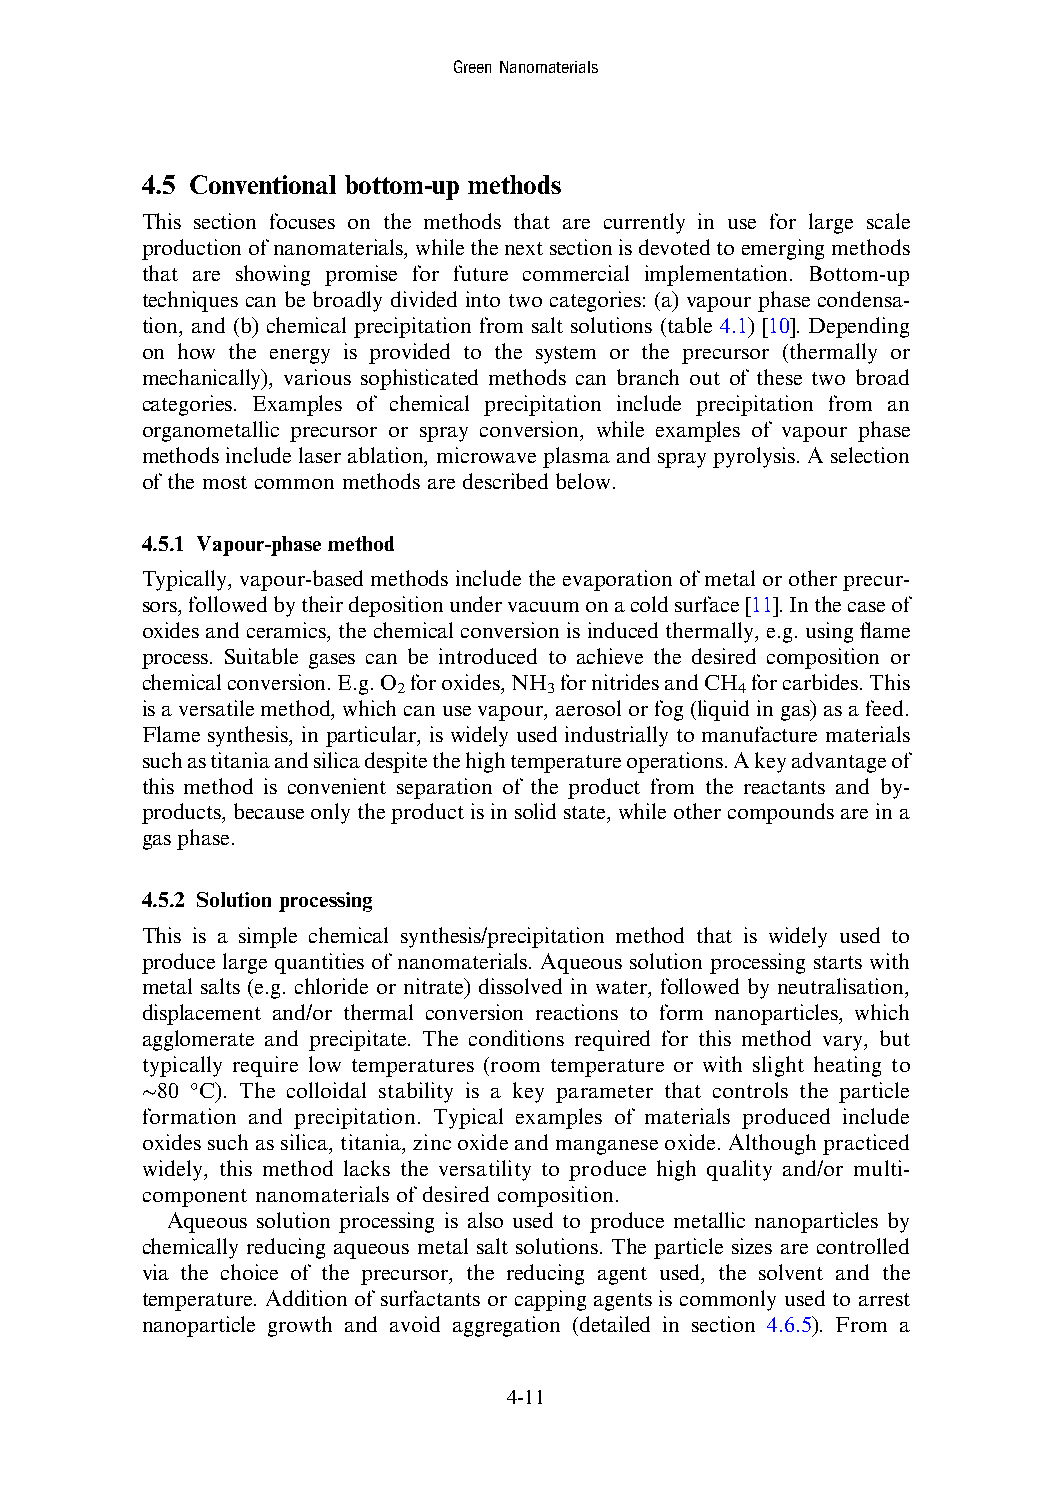
GreenNanomaterials
 4.5 Conventional bottom-up methods
 This section focuses on the methods that are currently in use for large scale
 productionofnanomaterials,whilethenextsectionisdevotedtoemergingmethods
 that are showing promise for future commercial implementation. Bottom-up
 techniques can be broadly divided into two categories: (a) vapour phase condensa-
 tion, and (b) chemical precipitation from salt solutions (table 4.1) [10]. Depending
 on how the energy is provided to the system or the precursor (thermally or
 mechanically), various sophisticated methods can branch out of these two broad
 categories. Examples of chemical precipitation include precipitation from an
 organometallic precursor or spray conversion, while examples of vapour phase
 methods include laser ablation, microwave plasma and spray pyrolysis. A selection
 of the most common methods are described below.
 4.5.1 Vapour-phase method
 Typically, vapour-based methods include the evaporation of metal or other precur-
 sors,followedbytheirdepositionundervacuumonacoldsurface[11].Inthecaseof
 oxides and ceramics, the chemical conversion is induced thermally, e.g. using flame
 process. Suitable gases can be introduced to achieve the desired composition or
 chemicalconversion.E.g.O foroxides,NH fornitridesandCH forcarbides.This
 2         3            4
 is aversatilemethod, whichcanusevapour, aerosolorfog(liquidin gas)asafeed.
 Flame synthesis, in particular, is widely used industrially to manufacture materials
 suchastitaniaandsilicadespitethehightemperatureoperations.Akeyadvantageof
 this method is convenient separation of the product from the reactants and by-
 products,becauseonlytheproductisinsolidstate,whileothercompoundsareina
 gasphase.
 4.5.2 Solution processing
 This is a simple chemical synthesis/precipitation method that is widely used to
 produce large quantities of nanomaterials. Aqueous solution processing starts with
 metal salts (e.g. chloride or nitrate) dissolved in water, followed by neutralisation,
 displacement and/or thermal conversion reactions to form nanoparticles, which
 agglomerate and precipitate. The conditions required for this method vary, but
 typically require low temperatures (room temperature or with slight heating to
 ∼80 °C). The colloidal stability is a key parameter that controls the particle
 formation and precipitation. Typical examples of materials produced include
 oxidessuchassilica,titania,zincoxideandmanganeseoxide.Althoughpracticed
 widely, this method lacks the versatility to produce high quality and/or multi-
 component nanomaterials of desired composition.
 Aqueous solution processing is also used to produce metallic nanoparticles by
 chemically reducing aqueous metal salt solutions. The particle sizes are controlled
 via the choice of the precursor, the reducing agent used, the solvent and the
 temperature. Addition of surfactants or capping agents is commonly used to arrest
 nanoparticle growth and avoid aggregation (detailed in section 4.6.5). From a
 4-11